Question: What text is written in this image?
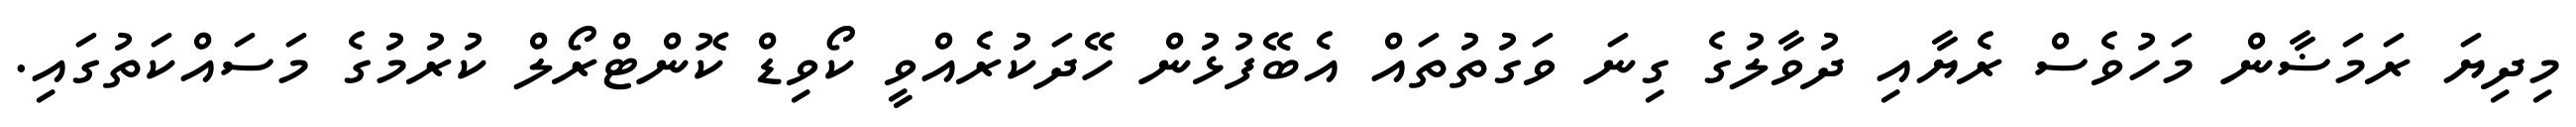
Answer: މިދިޔަ ރަމަޟާން މަހުވެސް ރެޔާއި ދުވާލުގެ ގިނަ ވަގުތުތައް އެބޭފުޅުން ހޭދަކުރެއްވީ ކޯވިޑް ކޮންޓްރޯލް ކުރުމުގެ މަސައްކަތުގައި.